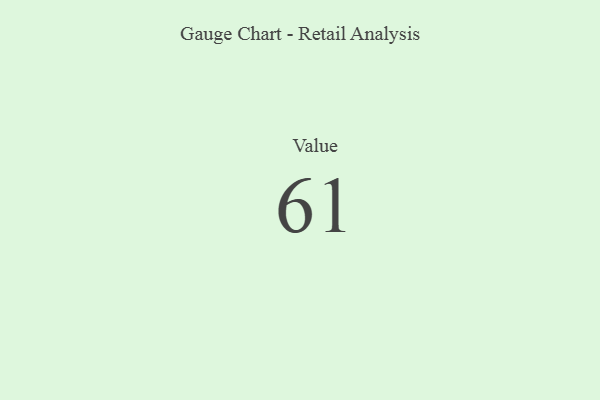
{"axis": {"x": "Metric", "y": "Value"}, "legend": [""], "data": [{"x": "Value", "y": 61, "type": ""}]}